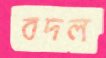
বদল